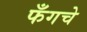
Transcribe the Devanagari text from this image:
फँगचे